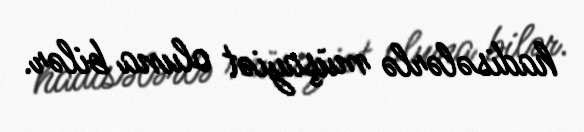
hadisələrlə müşayiət oluna bilər.